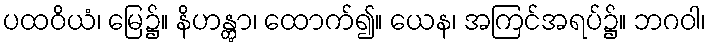
ပထဝိယံ၊ မြေ၌။ နိဟန္တွာ၊ ထောက်၍။ ယေန၊ အကြင်အရပ်၌။ ဘဂဝါ၊